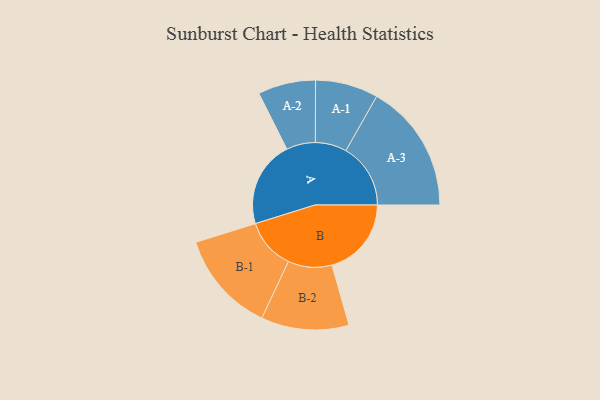
{"axis": {"x": "Segment", "y": "Value"}, "legend": ["", "A", "B"], "data": [{"x": "A", "y": 311, "type": ""}, {"x": "B", "y": 286, "type": ""}, {"x": "A-1", "y": 113, "type": "A"}, {"x": "A-2", "y": 104, "type": "A"}, {"x": "A-3", "y": 233, "type": "A"}, {"x": "B-1", "y": 183, "type": "B"}, {"x": "B-2", "y": 158, "type": "B"}]}